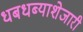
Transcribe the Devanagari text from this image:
धबधब्याशेजारी